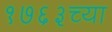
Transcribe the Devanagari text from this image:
१७६३च्या